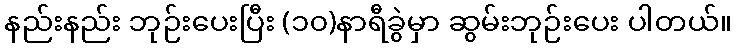
နည်းနည်း ဘုဉ်းပေးပြီး (၁၀)နာရီခွဲမှာ ဆွမ်းဘုဉ်းပေး ပါတယ်။